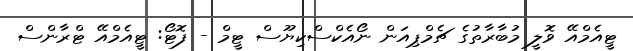
ޓީއެމްއޭ ވޮލީ މުބާރާތުގެ ޗެމްޕިއަން ނޯއެކްސްކިޔޫސް ޓީމް - ފޮޓޯ: ޓީއެމްއޭ ޓްރާންސް